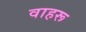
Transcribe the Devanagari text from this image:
वाहरू